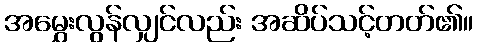
အမွှေးလွန်လျှင်လည်း အဆိပ်သင့်တတ်၏။